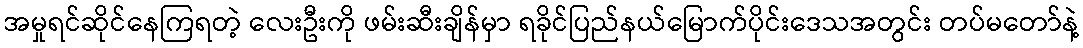
အမှုရင်ဆိုင်နေကြရတဲ့ လေးဦးကို ဖမ်းဆီးချိန်မှာ ရခိုင်ပြည်နယ်မြောက်ပိုင်းဒေသအတွင်း တပ်မတော်နဲ့